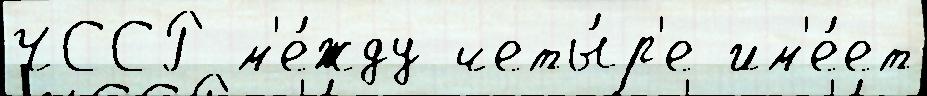
ЧССР м'е́жду четы́р'е им'е́ет